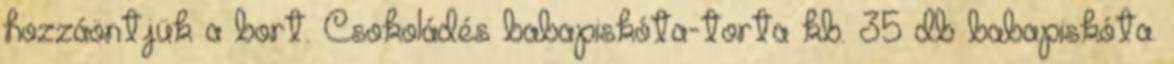
hozzáöntjük a bort. Csokoládés babapiskóta-torta kb. 35 db babapiskóta.